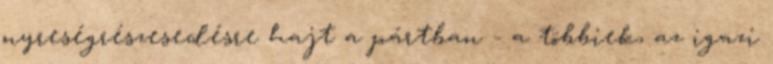
nyreségrészesedésre hajt a pártban - a többiek, az igazi